Code of medical and sanitary regulations for the guidance of medical officers serving in the Madras Presidency - Volume II
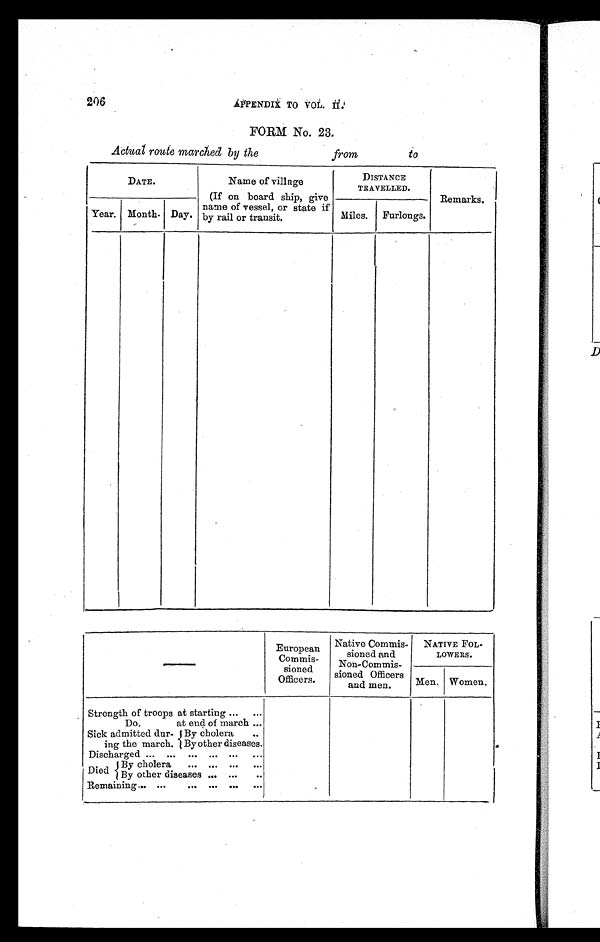
206 APPENDIX TO VOL. II.
FORM NO. 23.
Actuat route marched by the from to
DATE.
Name of village
(If on board ship, give
name of vessel, or state if
by rail or transit.
DISTANCE
TRAVELLED.
Remarks.
Year. Month. Day.
Miles. Furlongs.
—
European
Commis-
sioned
Officers.
Native Commis-
sioned and
Non-Commis-
sioned Officers
and men.
NATIVE FOL-
LOWERS.
Men. Women.
Strength of troops at starting ... ...
Do. at end of march ...
Sick admitted dur-
ing the march.
By cholera ..
By other diseases.
Discharged ... ... ... ... ... ...
Died
By cholera ... ... ... ...
By other diseases ... ... ...
Remaining ... ... ... ... ... ...